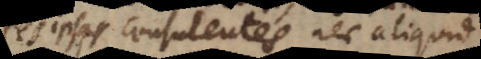
res ipsas consulentes, nec aliquid